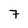
Character: 7